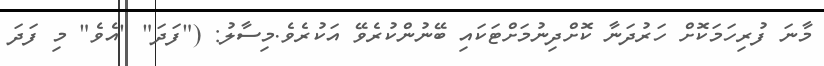
މާނަ ފުރިހަމަކޮށް ހަރުދަނާ ކޮށްދިނުމަށްޓަކައި ބޭނުންކުރެވޭ އަކުރެވެ.މިސާލު: ("ފަދަ" "އެވެ" މި ފަދަ